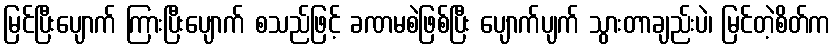
မြင်ပြီးပျောက် ကြားပြီးပျောက် စသည်ဖြင့် ခဏမစဲဖြစ်ပြီး ပျောက်ပျက် သွားတာချည်းပဲ၊ မြင်တဲ့စိတ်က